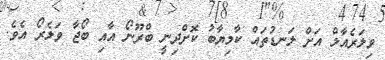
ވިލަރެއާލް އަށް ލަނޑުތައް ކާމިޔާބު ކޮށްދިނީ ބްރޫނޯ އާއި ބޯޖާ ވަލެރޯ އެވެ.